Lunatic asylums Central Provinces reports 1886-1894 - 1886-1894
Year: 1886
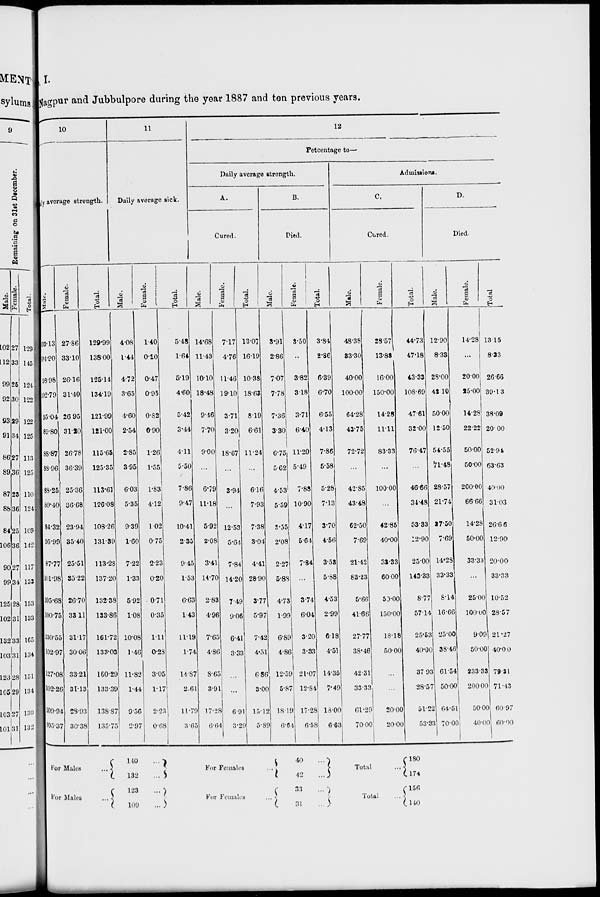
I.
Nagpur and Jubbulpore during the year 1887 and ten previous years.
10
Daily average strength.
Male.
103.13
104.90
98.98
102.79
95.04
89.80
88.87
83.96
88.25
89.40
84.32
95.99
87.77
101.98
105.68
100.75
130.55
102.97
127.08
102.26
109.94
105.37
Female.
27.86
33.10
26.16
31.40
26.95
31.20
26.78
36.39
25.36
36.68
23.94
35.40
25.51
35.22
26.70
33.11
31.17
30.06
33.21
31.13
28.93
30.38
Total.
129.99
138.00
125.14
134.19
121.99
121.00
115.65
125.35
113.61
126.08
108.26
131.39
113.28
137.20
132.38
133.86
161.72
133.03
160.29
133.39
138.87
135.75
11
Daily average sick.
Male.
4.08
1.44
4.72
3.65
4.60
2.54
2.85
3.95
6.03
5.35
9.39
1.60
7.22
1.33
5.92
1.08
10.08
1.46
11.32
1.44
9.56
2.97
Female.
1.40
0.20
0.47
0.95
0.82
0.90
1.26
1.55
1.83
4.12
1.02
0.75
2.23
0.20
0.71
0.35
1.11
0.28
3.05
1.17
2.23
0.68
Total.
5.48
1.64
5.19
4.60
5.42
3.44
4.11
5.50
7.86
9.47
10.41
2.35
9.45
1.53
6.63
1.43
11.19
1.74
14.87
2.61
11.79
3.65
12
Percentage to—
Daily average strength.
A.
Cured.
Male.
14.68
11.43
10.10
18.48
9.46
7.70
9.00
...
6.79
11.18
5.92
2.08
3.41
14.70
2.83
4.96
7.65
4.86
8.65
3.91
17.28
6.64
Female.
7.17
4.76
11.46
19.10
3.71
3.20
18.67
...
3.94
...
12.53
5.64
7.84
14.20
7.49
9.06
6.41
3.33
...
...
6.91
3.29
Total.
13.07
16.19
10.38
18.63
8.19
6.61
11.24
...
6.16
7.93
7.38
3.04
4.41
28.90
3.77
5.97
7.42
4.51
6.86
3.00
15.12
5.89
B.
Died.
Male.
3.91
2.86
7.07
7.78
7.36
3.30
6.75
5.62
4.53
5.59
3.55
2.08
2.27
5.88
4.73
1.99
6.89
4.86
12.59
5.87
18.19
6.64
Female.
3.50
...
3.82
3.18
3.71
6.40
11.20
5.49
7.88
10.90
4.17
5.64
7.84
...
3.74
6.04
3.20
3.33
21.07
12.84
17.28
6.58
Total.
3.84
2.86
6.39
6.70
6.55
4.13
7.86
5.58
5.28
7.13
3.70
4.56
3.53
5.88
4.53
2.99
6.18
4.51
14.35
7.49
18.00
6.63
Admissions.
C.
Cured.
Male.
48.38
33.30
40.00
100.00
64.28
43.75
72.72
...
42.85
43.48
62.50
7.69
21.42
83.23
5.66
41.66
27.77
38.46
42.31
33.33
61.29
70.00
Female.
28.57
13.88
16.00
150.00
14.28
11.11
83.33
...
100.00
...
42.85
40.00
33.33
60.00
50.00
150.00
18.18
50.00
...
...
20.00
20.00
Total.
44.73
47.18
43.33
108.69
47.61
32.00
76.47
...
46.66
34.48
53.33
12.90
25.00
143.32
8.77
57.14
25.53
40.00
37.93
28.57
51.22
53.3
D.
Died.
Male.
12.90
8.33
28.00
42.10
50.00
12.50
54.55
71.48
28.57
21.74
37.50
7.69
14.28
33.33
8.14
16.66
25.00
38.46
61.54
50.00
64.51
70.00
Female.
14.28
...
20.00
25.00
14.28
22.22
50.00
50.00
200.00
66.66
14.28
50.00
33.33
...
25.00
100.00
9.09
50.00
233.33
200.00
50.00
40.00
Total.
13.15
8.33
26.66
39.13
38.09
20.00
52.94
63.63
40.00
31.03
26.66
12.90
20.00
33.33
10.52
28.57
21.27
40.00
79.31
71.43
60.97
60.00
For Males
...
For Males
...
140 ...
132
...
123
...
109
...
For
Females
...
For Females ...
40 ...
42
...
33 ...
31
...
Total ...
Total
...
180
174
156
140